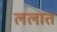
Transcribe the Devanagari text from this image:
ललात